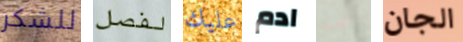
للشكر لفصل عليك ادم أخوك الجان